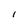
Character: 1